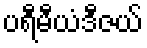
ပရီမီယံဒီဇယ်